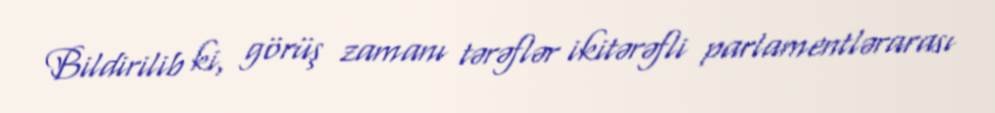
Bildirilib ki, görüş zamanı tərəflər ikitərəfli parlamentlərarası